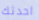
احدثك